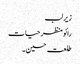
زیر لب
رائو منظر حیات
طلعت حسین۔